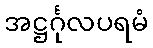
အဋ္ဌင်္ဂုလပရမံ